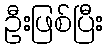
ဦးဖြစ်ပြီး